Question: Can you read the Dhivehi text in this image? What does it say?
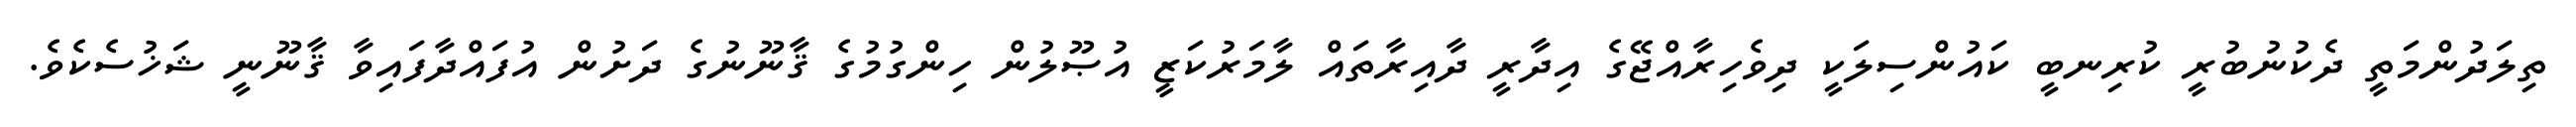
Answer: ތިލަދުންމަތީ ދެކުނުބުރީ ކުރިނބީ ކައުންސިލަކީ ދިވެހިރާއްޖޭގެ އިދާރީ ދާއިރާތައް ލާމަރުކަޒީ އުޞޫލުން ހިންގުމުގެ ޤާނޫނުގެ ދަށުން އުފައްދާފައިވާ ޤާނޫނީ ޝަޚުސެކެވެ.